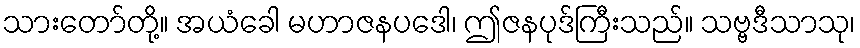
သားတော်တို့။ အယံခေါ မဟာဇနပဒေါ၊ ဤဇနပုဒ်ကြီးသည်။ သဗ္ဗဒီသာသု၊